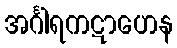
အင်္ဂါရကဋာဟေန